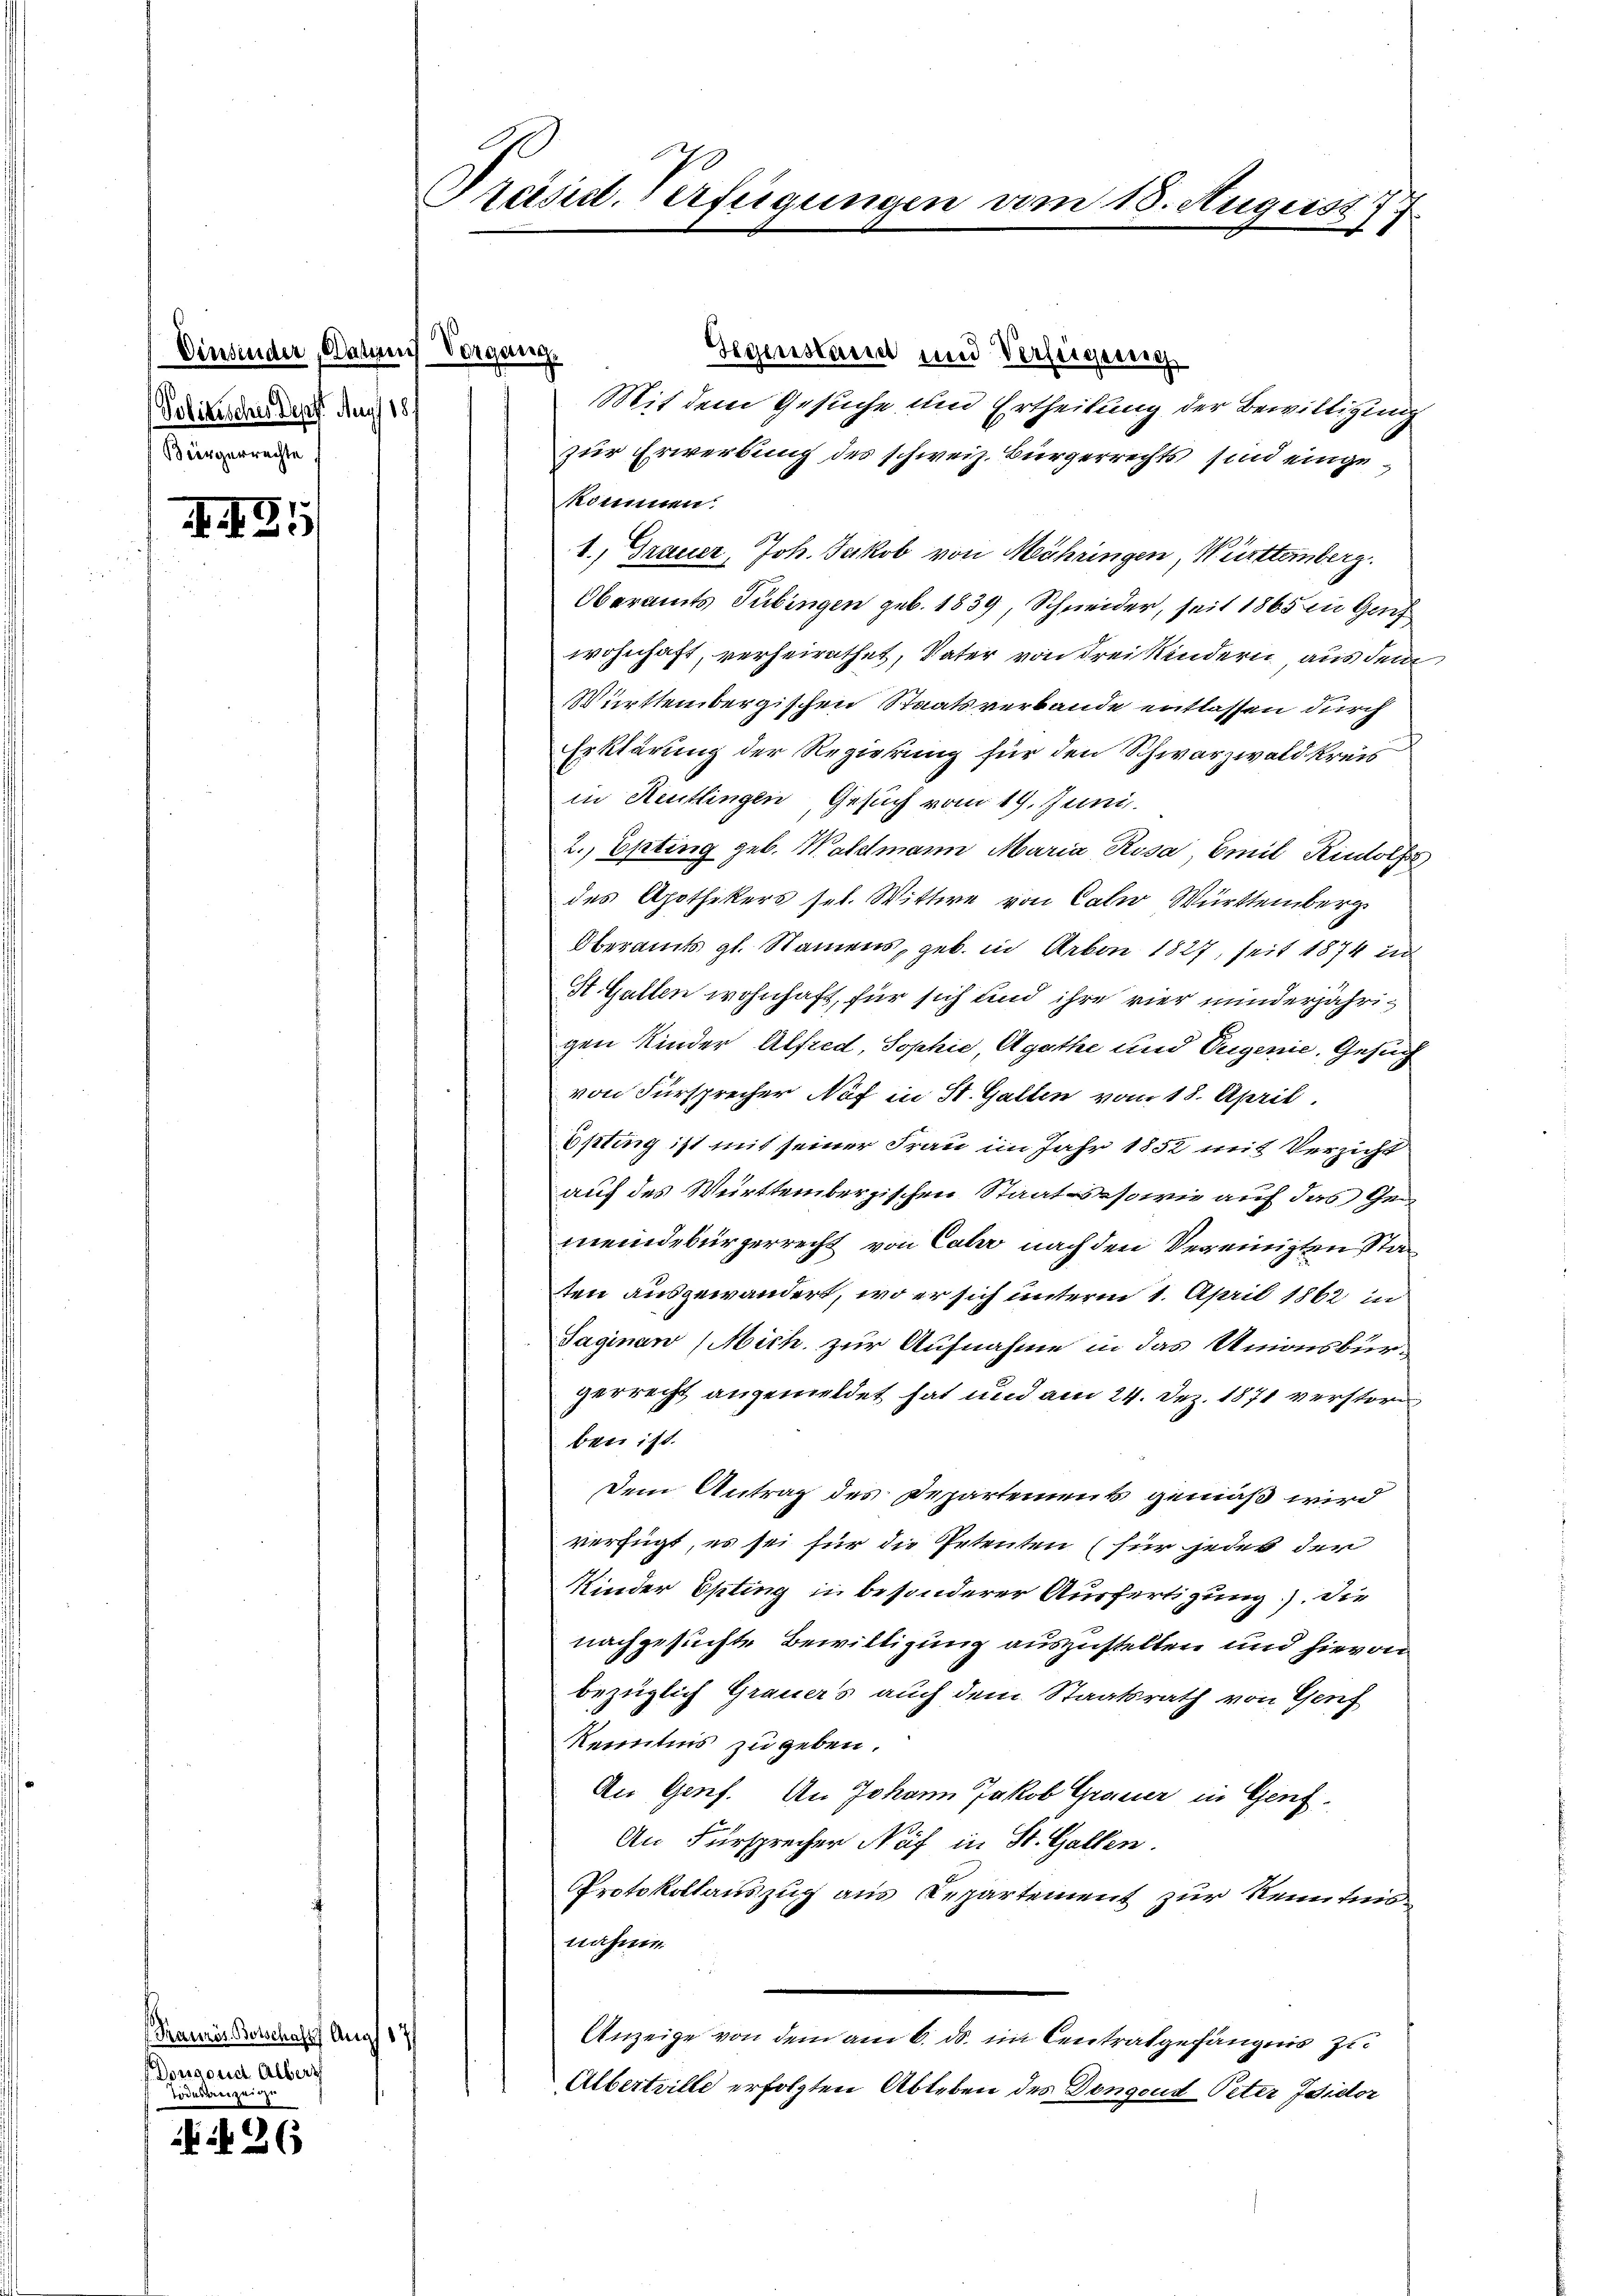
Dinsender, Datum Vorgang
Politisches Depf. Aug. 187
Bürgerrechte

)

Trauris Botschaft Aug 17/
Donauer Albert
Todesbreize

26

Prast. Verfügungen vom 18. August
.

Gegenstant und Verfeigeng
Mit dem Gesuche und Ertheilung der Bewilligung
zier Erwerbung des schweiz. Bürgerrechts sind eingekommen.
1.) Frauer, Joh. Jakob von Mähringen, Württemberg.
Oberamts Tübingen geb. 1839, Schneider, seit 1865 in Gef
wohnhaft, verheirathet, Vater von drei Kindern aus dem
Württembergischen Staatsverbande entlassen durch
Erklärung der Regierung für den Schwarzwald kreis
in Reutlingen Gesuch vom 19. Juni.
2., Epting geb. Waldmann Maria Rosa, Emil Rudolf
des Apothekers sel. Wittwe von Caler Württemberg
Oberamts gl. Namens, geb. in Arbon 1827, seit 1874 in
St. Gallen wohnhaft, für sich und ihre vier minderjährigen Kinder Alfred, Sophie, Agathe und Eugenie, Gesuch
von Fürsprecher Nef in St. Gallen vom 18. April.
Epting ist mit seiner Frau im Jahr 1852 mit Verzicht
auf des Württembergischen Staat sowie auf das Gemeindebürgerrecht von Caler nach den Vereinigten Staaten ausgewandert, wo er sich unterm 1. April 1862 in
Saginan (Mich zur Aufnahme in das Unionsbürgerrecht angemeldet hat und am 24. Dez. 1871 verstor
ben ist.
Dem Antrag des Departement gemäß wird
verfügt, es sei für die Petenten (für jedes der
Kinder Opting in besonderer Ausfertigung). Die
nachgesuchte Bewilligung auszustellen und hievon
bezüglich Grauers auch dem Staatsrath von Genf
Kenntnis zu geben.
An Genf. An Johann Jakob Grauer in Genz¬
An Fürsprecher Näf in St. Gallen.
Protokollauszug aus Departement zur Reintun
nahme
Anzeige von dem am 6. ds. im Centratgefängnis zu
Albertrille erfolgten Ableben des Dongoud Peter Isidor